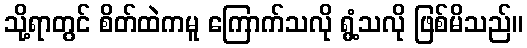
သို့ရာတွင် စိတ်ထဲကမူ ကြောက်သလို ရွံ့သလို ဖြစ်မိသည်။